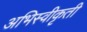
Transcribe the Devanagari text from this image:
अभिस्वीकृती